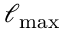
\ell _ { \mathrm { m a x } }